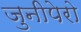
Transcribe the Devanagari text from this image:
जुनीपेरो